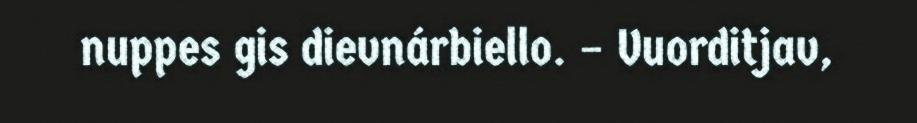
nuppes gis dievnárbiello. – Vuorditjav,